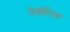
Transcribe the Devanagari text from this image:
लेक्सेटिव